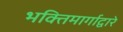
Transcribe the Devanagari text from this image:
भक्तिमार्गाद्वारे